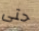
حتى